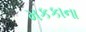
મકકાના